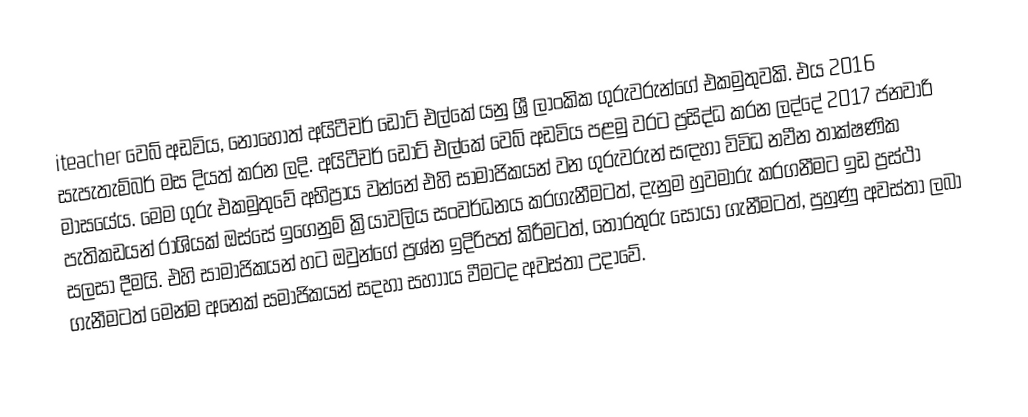
iteacher වෙබ් අඩවිය, නොහොත් අයිටීචර් ඩොට් එල්කේ යනු ශ්‍රී ලාංකික ගුරුවරුන්ගේ එකමුතුවකි. එය 2016 සැපැතැම්බර් මස දියත් කරන ලදි. අයිටීචර් ඩොට් එල්කේ වෙබ් අඩවිය පළමු වරට ප්‍රසිද්ධ කරන ලද්දේ 2017 ජනවාරි මාසයේය. මෙම ගුරු එකමුතුවේ අභිප්‍රාය වන්නේ එහි සාමාජිකයන් වන ගුරුවරුන් සඳහා විවිධ නවීන තාක්ෂණික පැතිකඩයන් රාශියක් ඔස්සේ ඉගෙනුම් ක්‍රියාවලිය සංවර්ධනය කරගැනීමටත්, දැනුම හුවමාරු කරගනීමට ඉඩ ප්‍රස්ථා සලසා දීමයි. එහි සාමාජිකයන් හට ඔවුන්ගේ ප්‍රශ්න ඉදිරිපත් කිරීමටත්, තොරතුරු සොයා ගැනීමටත්, පුහුණු අවස්තා ලබා ගැනීමටත් මෙන්ම අනෙක් සමාජිකයන් සදහා සහාාය වීමටද අවස්තා උදාවේ.